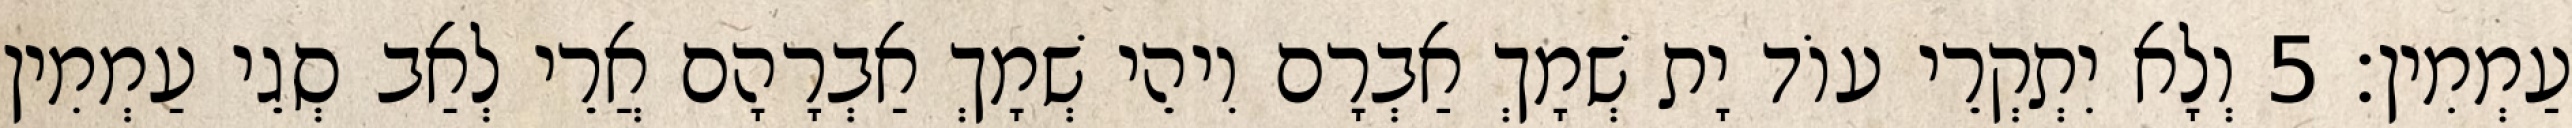
עַמְמִין׃ 5 וְלָא יִתְקְרֵי עוֹד יָת שְׁמָךְ אַבְרָם וִיהֵי שְׁמָךְ אַבְרָהָם אֲרֵי לְאַב סְגֵי עַמְמִין